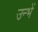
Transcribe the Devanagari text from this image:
उन्भें